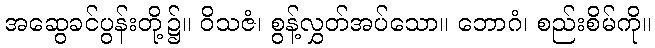
အဆွေခင်ပွန်းတို့၌။ ဝိသဇံ၊ စွန့်လွှတ်အပ်သော။ ဘောဂံ၊ စည်းစိမ်ကို။